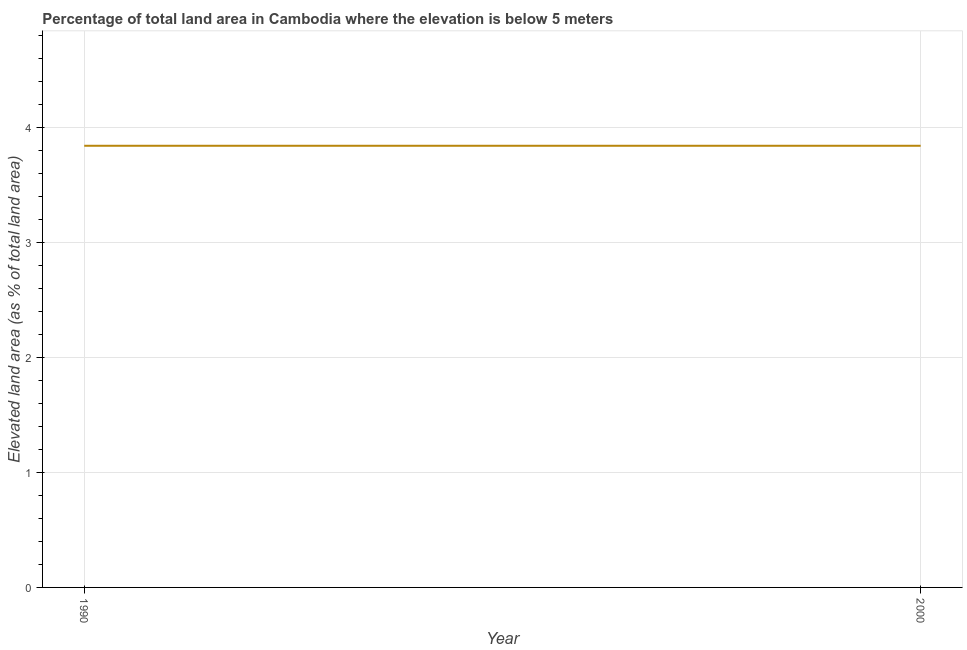
| Year | Land area |
 | --- | --- |
 | 1990 | 3.84 |
 | 2000 | 3.84 |